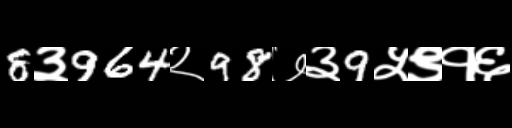
Text: 8३964२98७३9५९१६